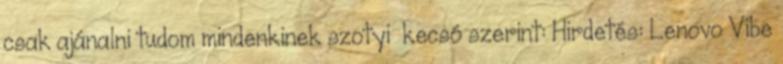
csak ajánalni tudom mindenkinek szotyi kecsó szerint: Hirdetés: Lenovo Vibe